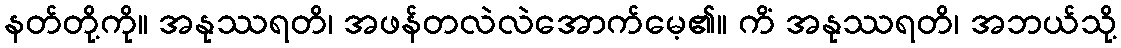
နတ်တို့ကို။ အနုဿရတိ၊ အဖန်တလဲလဲအောက်မေ့၏။ ကိံ အနုဿရတိ၊ အဘယ်သို့